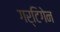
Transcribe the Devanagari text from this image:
गर्टिगेन